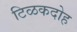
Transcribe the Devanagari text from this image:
टिळकदोह